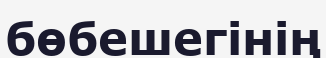
бөбешегінің